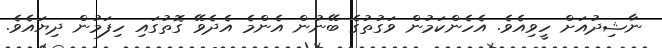
ނާޝިދުއަށް ހީވިއެވެ. އެހެންކަމުން ވަގުތުގެ ބޭނުން އެންމެ އެދެވޭ ގޮތުގައި ހިފަމުން ދިޔައެވެ.